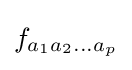
f_{a_{1}a_{2}...a_{p}}